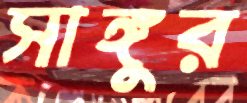
সাঙ্গুর